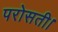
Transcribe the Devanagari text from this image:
परोसती।